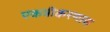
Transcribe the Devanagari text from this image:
एकत्रीकरणास